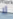
لا